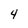
Character: 4